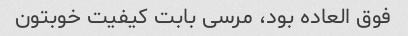
فوق العاده بود، مرسی بابت کیفیت خوبتون